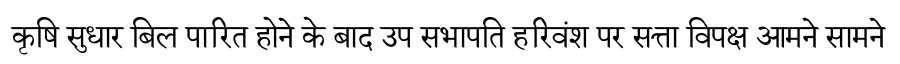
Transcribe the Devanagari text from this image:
कृषि सुधार बिल पारित होने के बाद उप सभापति हरिवंश पर सत्ता विपक्ष आमने सामने